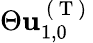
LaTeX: \Theta\mathbf{u}_{1,0}^{\mathrm{~(~T~)~}}